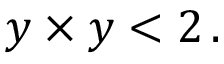
y \times y < 2 \, .